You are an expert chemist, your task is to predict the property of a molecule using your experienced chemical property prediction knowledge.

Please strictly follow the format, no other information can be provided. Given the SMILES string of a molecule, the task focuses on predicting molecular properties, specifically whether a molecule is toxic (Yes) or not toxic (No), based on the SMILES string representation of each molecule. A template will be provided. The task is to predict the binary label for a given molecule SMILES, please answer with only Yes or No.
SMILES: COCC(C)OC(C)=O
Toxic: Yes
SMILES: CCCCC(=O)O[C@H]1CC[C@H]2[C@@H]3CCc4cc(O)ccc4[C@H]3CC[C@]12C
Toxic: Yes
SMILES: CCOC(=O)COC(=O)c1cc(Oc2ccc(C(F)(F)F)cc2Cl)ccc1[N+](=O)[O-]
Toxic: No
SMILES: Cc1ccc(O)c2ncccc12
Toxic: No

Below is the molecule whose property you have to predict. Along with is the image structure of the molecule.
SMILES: O=C(NCN1CCOCC1)c1cnccn1
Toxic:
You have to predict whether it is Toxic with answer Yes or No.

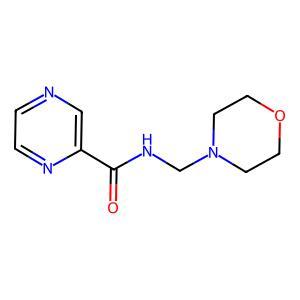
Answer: No